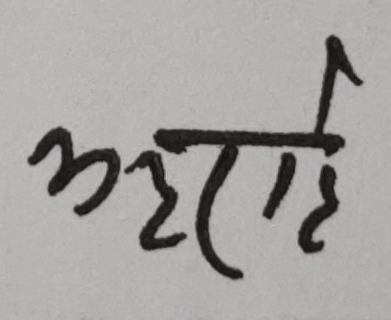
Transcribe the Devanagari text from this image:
अछाहे